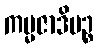
ကမ္မဇာဒိပဉ္စ